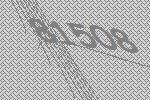
81508